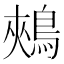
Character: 鵊